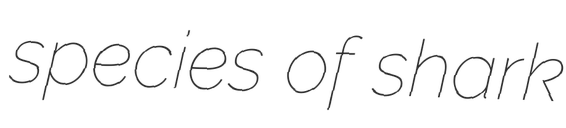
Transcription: species of shark